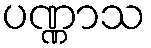
ပဏ္ဏာသ